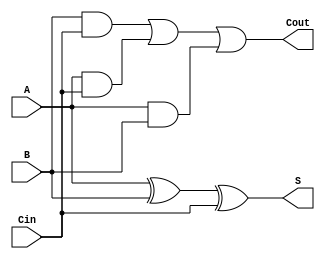
// Full adder verilog code
// Written by Usman Aslam
module fulladder (Cout, S, A, B, Cin);
  output Cout, S;
  input A,B,Cin;
  wire w1,w2,w3;
  xor (S, A, B, Cin);
  and (w1, B, Cin);
  and (w2, A, Cin);
  and (w3, A, B);
  or (Cout, w1, w2, w3);
endmodule